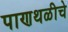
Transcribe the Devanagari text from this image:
पाणथळीचे